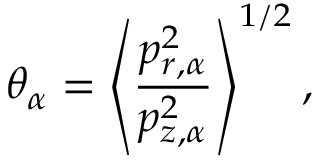
\theta _ { \alpha } = \left< \frac { p _ { r , \alpha } ^ { 2 } } { p _ { z , \alpha } ^ { 2 } } \right> ^ { 1 / 2 } ,